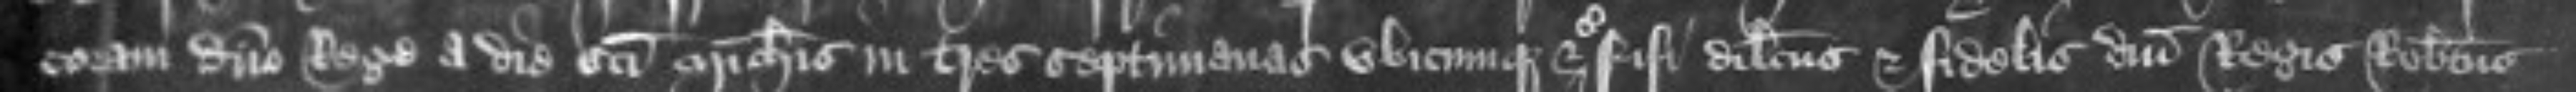
coram domino Rege a die Sancti Michaelis in tres septimanas ubicumque etc Nisi dilectus et fidelis domini Regis Robertus